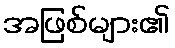
အဖြစ်များ၏